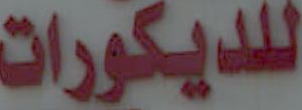
للديكورات